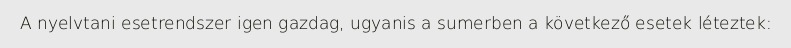
A nyelvtani esetrendszer igen gazdag, ugyanis a sumerben a következő esetek léteztek: